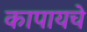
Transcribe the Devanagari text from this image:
कापायचे